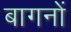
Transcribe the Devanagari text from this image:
बागनों